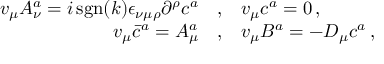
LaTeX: \begin{array} { r c l } { { v _ { \mu } A _ { \nu } ^ { a } = i \, \mathrm { s g n } ( k ) { \epsilon } _ { \nu \mu \rho } { \partial } ^ { \rho } c ^ { a } } } & { { , } } & { { v _ { \mu } c ^ { a } = 0 \, , } } \\ { { v _ { \mu } { \bar { c } ^ { a } } = A _ { \mu } ^ { a } } } & { { , } } & { { v _ { \mu } B ^ { a } = - D _ { \mu } c ^ { a } \, , } } \end{array}